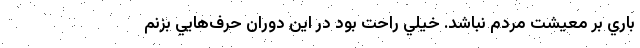
باري بر معيشت مردم نباشد. خيلي راحت بود در اين دوران حرف‌هايي بزنم